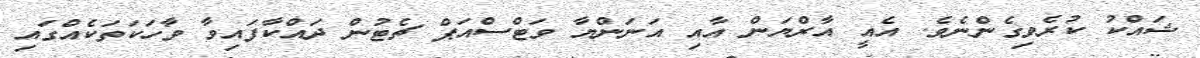
ޝައްކު ކުރެވިގެންނެވެ. އެއީ އާރްޔަން އާއި އަނަންޔާ ވަޓްސްއަޕް ޗެޓުން ދައްކާފައިވާ ވާހަކަތަކެއްގައި